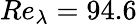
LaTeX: Re_{\lambda}=94.6